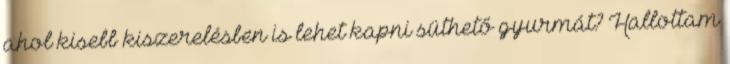
ahol kisebb kiszerelésben is lehet kapni süthető gyurmát? Hallottam